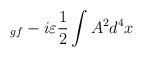
LaTeX: \begin{align*}_{gf}-i\varepsilon \frac{1}{2}\int A^{2}d^{4}x\end{align*}